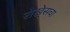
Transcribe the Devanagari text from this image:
रोखे्सचा